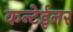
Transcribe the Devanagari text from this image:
कन्टेईनर